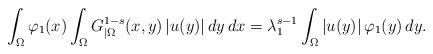
LaTeX: \begin{align*}\int_\Omega \varphi_1(x)\int_\Omega G_{|\Omega}^{1-s}(x,y)\left\vert u(y)\right\vert dy\, dx = \lambda_1^{s-1}\int_\Omega \left\vert u(y)\right\vert\varphi_1(y)\, dy. \end{align*}